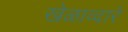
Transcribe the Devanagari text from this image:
खेळाव्दारे